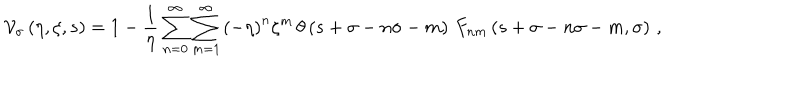
LaTeX: { \cal V } _ { \sigma } \left( \eta , \zeta , s \right) = 1 - \frac { 1 } { \eta } \sum _ { n = 0 } ^ { \infty } \sum _ { m = 1 } ^ { \infty } \left( - \eta \right) ^ { n } \zeta ^ { m } \, \theta \left( s + \sigma - n \sigma - m \right) \, F _ { n m } \left( s + \sigma - n \sigma - m , \sigma \right) \, ,